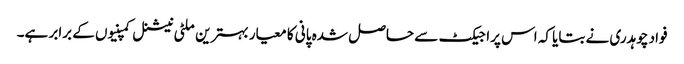
فواد چوہدری نے بتایا کہ اس پراجیکٹ سے حاصل شدہ پانی کا معیار بہترین ملٹی نیشنل کمپنیوں کے برابر ہے۔